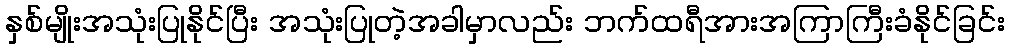
နှစ်မျိုးအသုံးပြုနိုင်ပြီး အသုံးပြုတဲ့အခါမှာလည်း ဘက်ထရီအားအကြာကြီးခံနိုင်ခြင်း